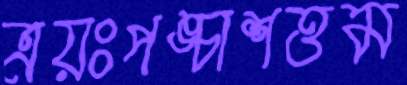
ত্রয়ঃপঙ্চাশত্তম